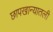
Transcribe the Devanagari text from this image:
छापखान्यातली